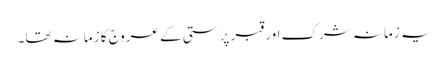
یہ زمانہ شرک اور قبر پرستی کے عروج کا زمانہ تھا۔